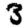
Digit: 3